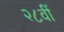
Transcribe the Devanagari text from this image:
२८वीं